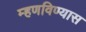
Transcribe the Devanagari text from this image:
म्हणविण्यास